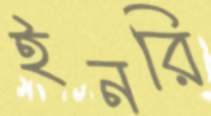
ইনরি